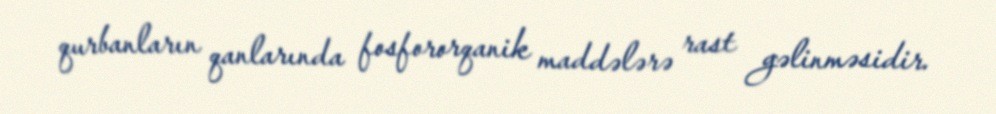
qurbanların qanlarında fosfororqanik maddələrə rast gəlinməsidir.